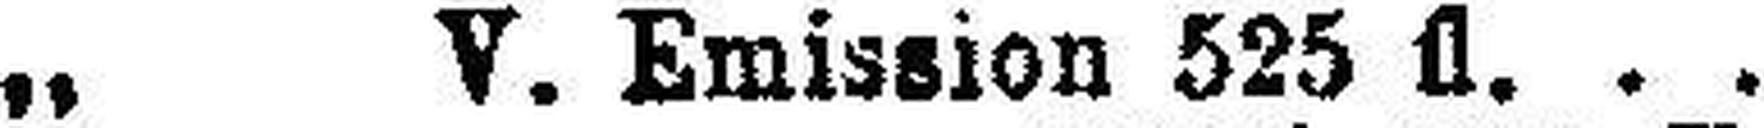
„ V. Emission 525 fl.